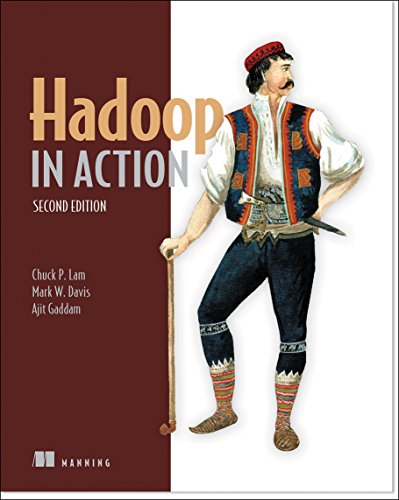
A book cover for Hadoop in Action; Chuck Lam; Computers & Technology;